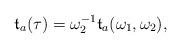
LaTeX: \begin{align*}\mathfrak{t}_a(\tau) = \omega_2^{-1}\mathfrak{t}_a(\omega_1, \omega_2),\end{align*}